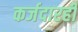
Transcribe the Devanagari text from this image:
कर्जदारही